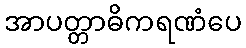
အာပတ္တာဓိကရဏံပေ